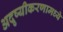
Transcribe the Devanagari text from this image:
अदृष्यीकरणामध्ये